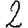
Digit: 2